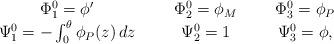
LaTeX: \begin{align*}\begin{array}{ccccc} \Phi_1^0 = \phi' & ~~ & \Phi_2^0 = \phi_M & ~~ & \Phi_3^0 = \phi_P \\ \Psi_1^0 = -\int_0^\theta \phi_P(z)\,dz & ~~ & \Psi_2^0 = 1 & ~~ & \Psi_3^0 = \phi,\end{array}\end{align*}